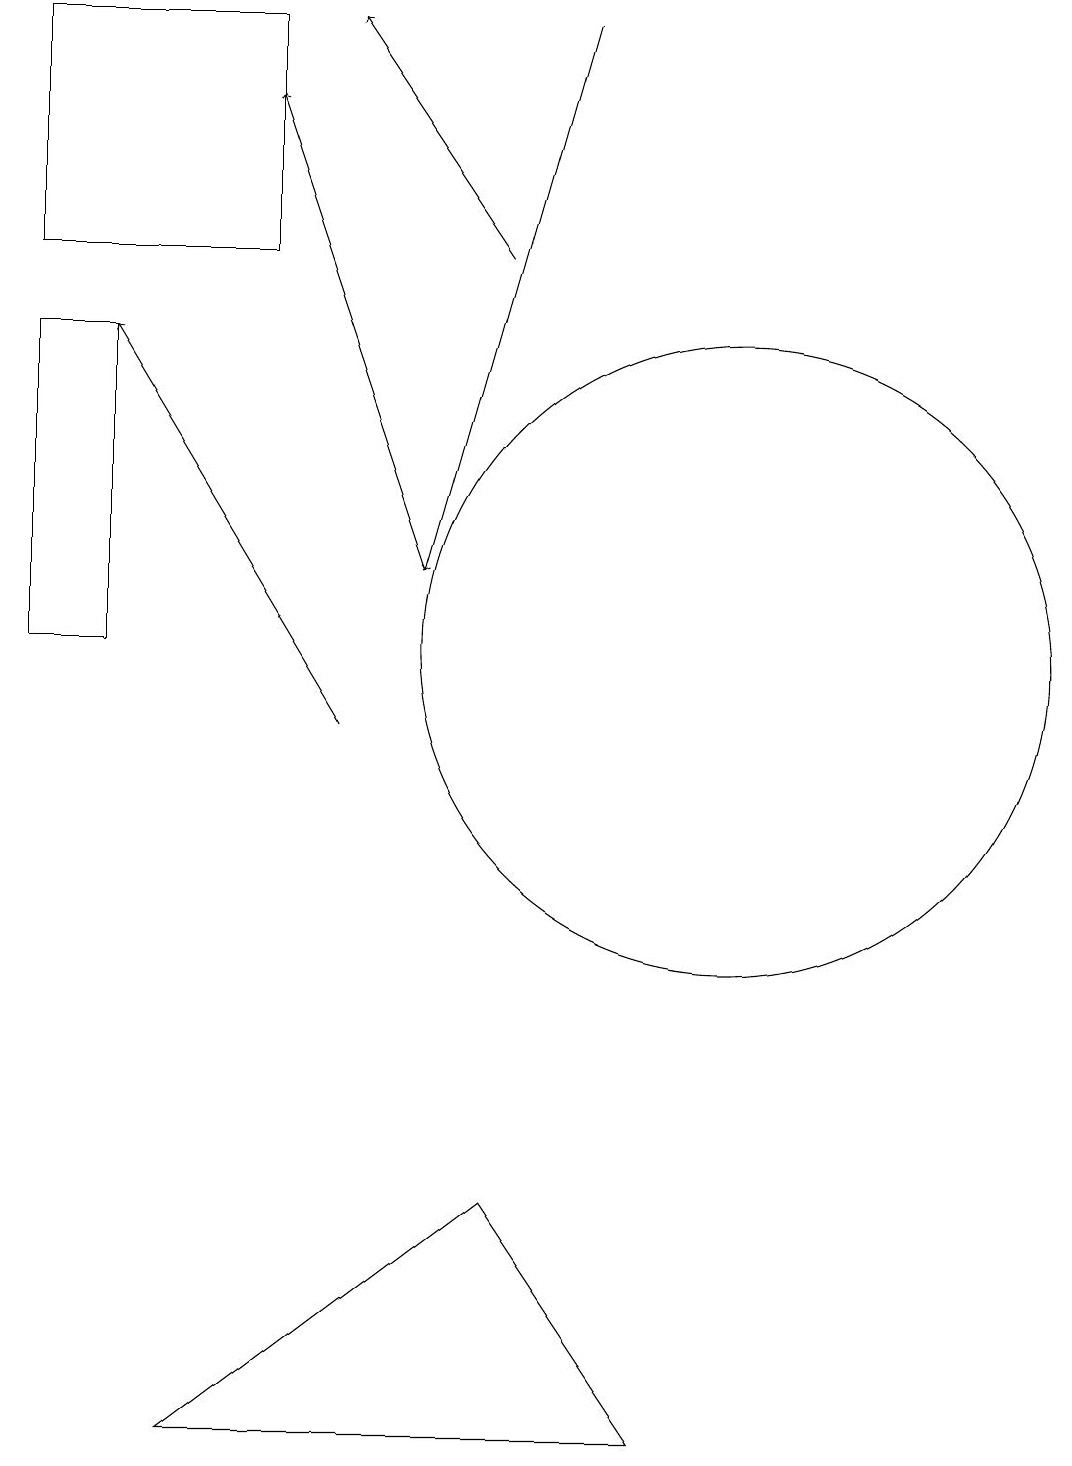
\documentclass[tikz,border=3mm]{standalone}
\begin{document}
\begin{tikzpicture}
\draw (1,19) rectangle (4,16);
\draw (10,11) circle (4);
\draw[->] (7,16) -- (5,19);
\draw[->] (6,12) -- (4,18);
\draw[->] (5,10) -- (2,15);
\draw (2,11) rectangle (1,15);
\draw[->] (8,19) -- (6,12);
\draw (3,1) -- (9,1) -- (7,4) -- cycle;
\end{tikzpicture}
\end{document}